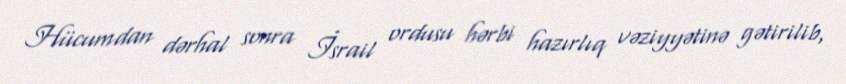
Hücumdan dərhal sonra İsrail ordusu hərbi hazırlıq vəziyyətinə gətirilib,